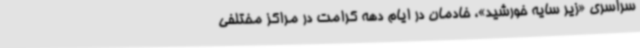
سراسری «زیر سایه خورشید»، خادمان در ایام دهه کرامت در مراکز مختلفی